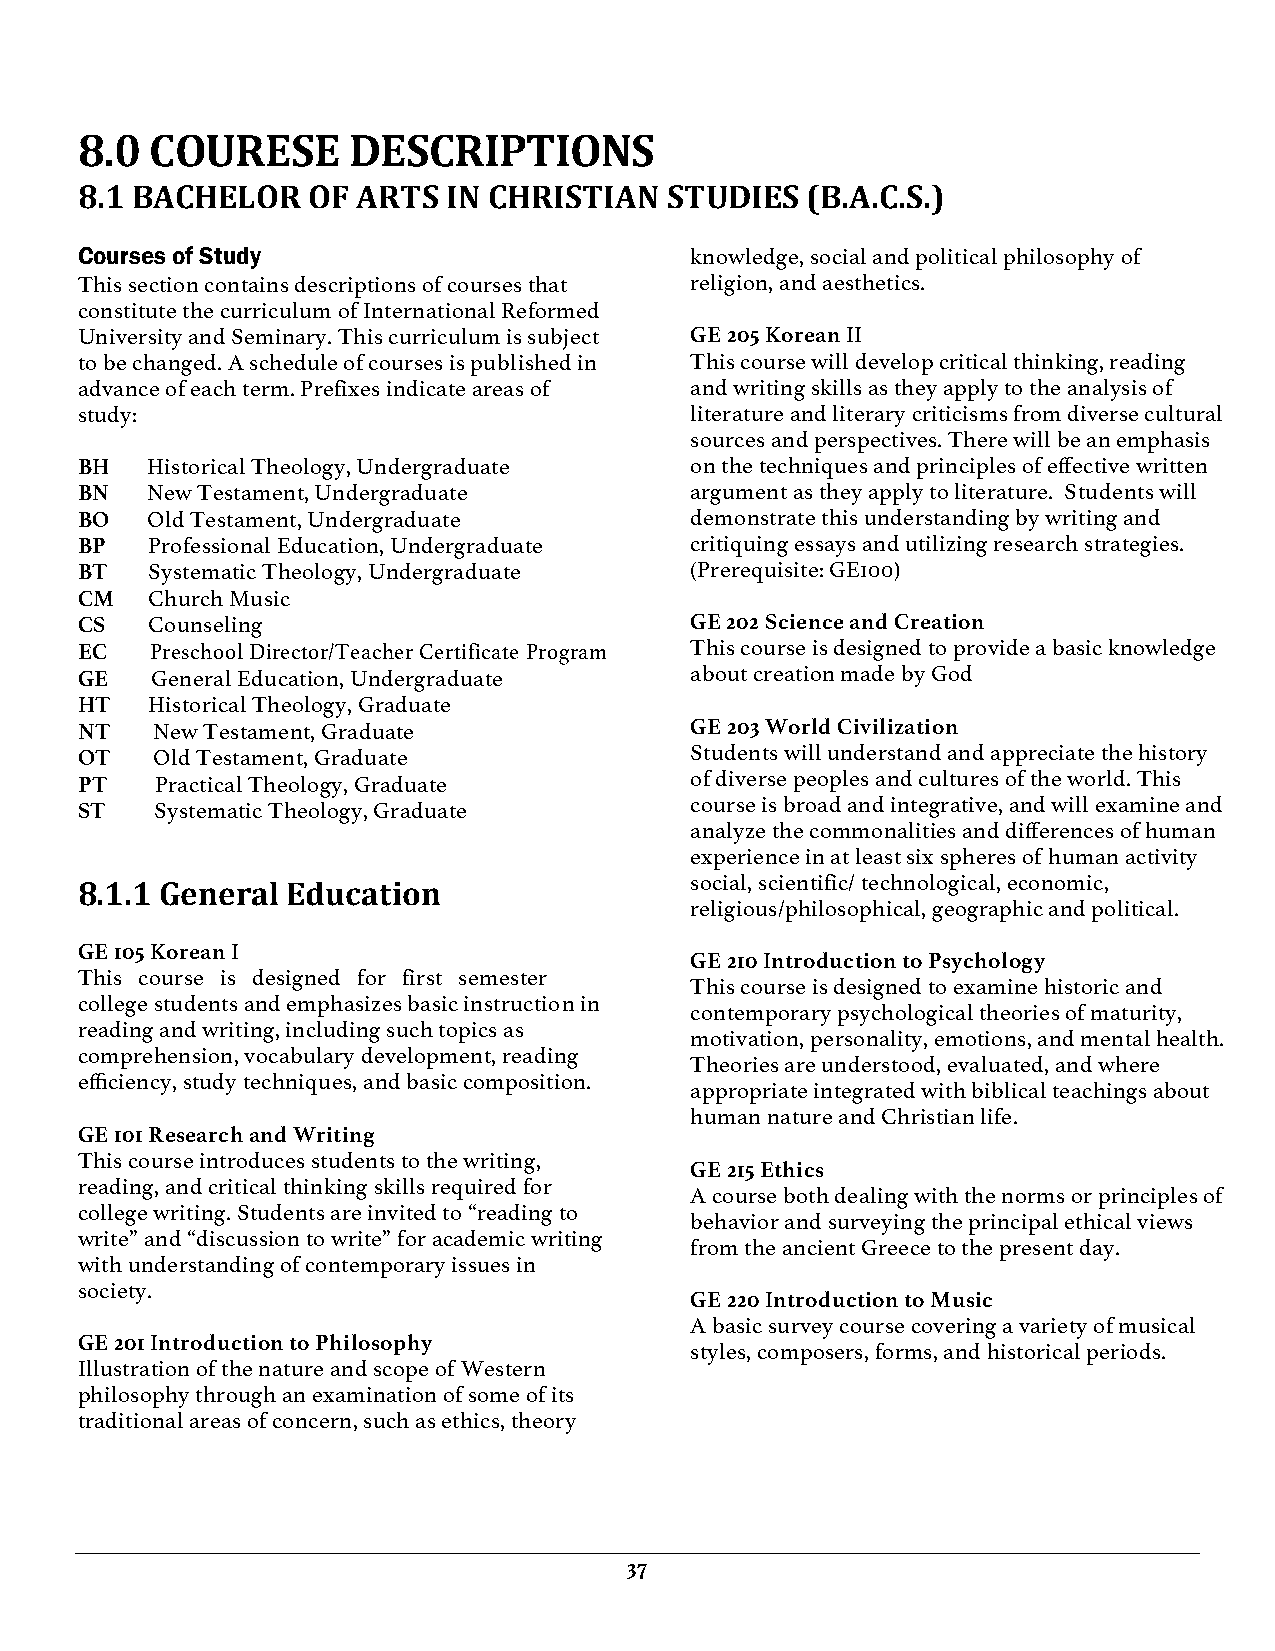
8.0  COURESE      DESCRIPTIONS
 8.1 BACHELOR   OF  ARTS  IN CHRISTIAN  STUDIES  (B.A.C.S.)
 Courses of Study                         knowledge, social and political philosophy of
 This section contains descriptions of courses that religion, and aesthetics.
 constitute the curriculum of International Reformed
 University and Seminary. This curriculum is subject GE 205 Korean II
 to be changed. A schedule of courses is published in This course will develop critical thinking, reading
 advance of each term. Prefixes indicate areas of and writing skills as they apply to the analysis of
 study:                                   literature and literary criticisms from diverse cultural
 sources and perspectives. There will be an emphasis
 BH   Historical Theology, Undergraduate  on the techniques and principles of effective written
 BN   New Testament, Undergraduate        argument as they apply to literature. Students will
 BO   Old Testament, Undergraduate        demonstrate this understanding by writing and
 BP   Professional Education, Undergraduate critiquing essays and utilizing research strategies.
 BT   Systematic Theology, Undergraduate  (Prerequisite: GE100)
 CM   Church Music
 CS   Counseling                          GE 202 Science and Creation
 EC   Preschool Director/Teacher Certificate Program This course is designed to provide a basic knowledge
 GE   General Education, Undergraduate    about creation made by God
 HT   Historical Theology, Graduate
 NT   New Testament, Graduate             GE 203 World Civilization
 OT   Old Testament, Graduate             Students will understand and appreciate the history
 PT   Practical Theology, Graduate        of diverse peoples and cultures of the world. This
 course is broad and integrative, and will examine and
 ST   Systematic Theology, Graduate
 analyze the commonalities and differences of human
 experience in at least six spheres of human activity
 social, scientific/ technological, economic,
 8.1.1 General Education
 religious/philosophical, geographic and political.
 GE 105 Korean I
 GE 210 Introduction to Psychology
 This course is designed for first semester
 This course is designed to examine historic and
 college students and emphasizes basic instruction in
 contemporary psychological theories of maturity,
 reading and writing, including such topics as
 motivation, personality, emotions, and mental health.
 comprehension, vocabulary development, reading
 Theories are understood, evaluated, and where
 efficiency, study techniques, and basic composition.
 appropriate integrated with biblical teachings about
 human nature and Christian life.
 GE 101 Research and Writing
 This course introduces students to the writing,
 GE 215 Ethics
 reading, and critical thinking skills required for
 A course both dealing with the norms or principles of
 college writing. Students are invited to “reading to
 behavior and surveying the principal ethical views
 write” and “discussion to write” for academic writing
 from the ancient Greece to the present day.
 with understanding of contemporary issues in
 society.
 GE 220 Introduction to Music
 A basic survey course covering a variety of musical
 GE 201 Introduction to Philosophy
 styles, composers, forms, and historical periods.
 Illustration of the nature and scope of Western
 philosophy through an examination of some of its
 traditional areas of concern, such as ethics, theory
 37